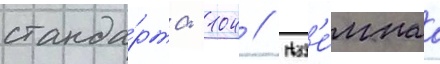
станда́рта -104 // Наз'е́мнаа